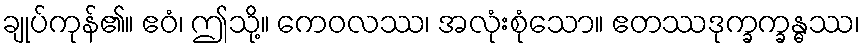
ချုပ်ကုန်၏။ ဧဝံ၊ ဤသို့။ ကေဝလဿ၊ အလုံးစုံသော။ ဧတဿဒုက္ခက္ခန္ဓဿ၊